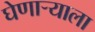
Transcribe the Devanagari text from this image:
घेणार्‍याला